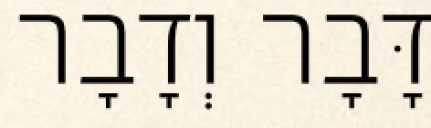
דָּבָר וְדָבָר